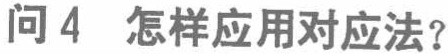
问 4 怎样应用对应法？